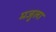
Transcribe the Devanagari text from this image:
मजुला